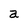
Character: a